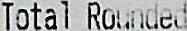
TOTAL ROUNDED